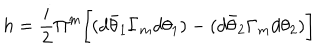
LaTeX: h = { \frac { i } { 2 } } \Pi ^ { m } \biggl [ ( d \bar { \theta } _ { 1 } \Gamma _ { m } d \theta _ { 1 } ) - ( d \bar { \theta } _ { 2 } \Gamma _ { m } d \theta _ { 2 } ) \biggr ]